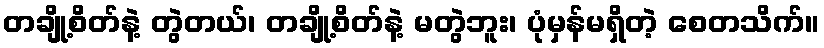
တချို့စိတ်နဲ့ တွဲတယ်၊ တချို့စိတ်နဲ့ မတွဲဘူး၊ ပုံမှန်မရှိတဲ့ စေတသိက်။